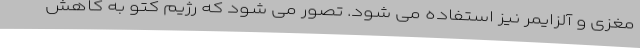
مغزی و آلزایمر نیز استفاده می شود. تصور می شود که رژیم کتو به کاهش